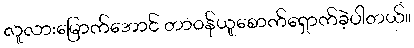
လူလားမြောက်အောင် တာဝန်ယူစောက်ရှောက်ခဲ့ပါတယ်။